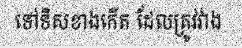
ទៅទិសខាងកើត ដែលត្រូវវាង